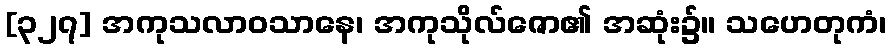
[၃၂၇] အကုသလာဝသာနေ၊ အကုသိုလ်ဇော၏ အဆုံး၌။ သဟေတုကံ၊